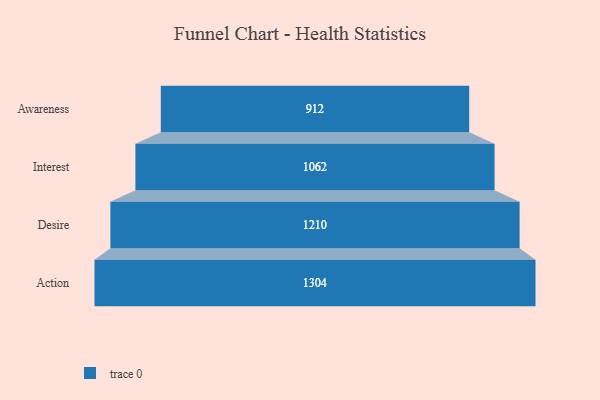
{"axis": {"x": "Stage", "y": "Value"}, "legend": [""], "data": [{"x": "Awareness", "y": 912.0, "type": ""}, {"x": "Interest", "y": 1062.0, "type": ""}, {"x": "Desire", "y": 1210.0, "type": ""}, {"x": "Action", "y": 1304.0, "type": ""}]}